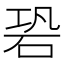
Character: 䂬